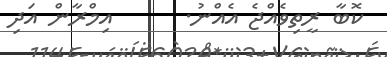
ކޮބާ ރީތިވެއްޖެ އެއްނު.      އިމްރާން އަދި